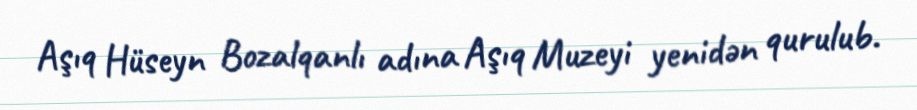
Aşıq Hüseyn Bozalqanlı adına Aşıq Muzeyi yenidən qurulub.